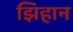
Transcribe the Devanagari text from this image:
झिहान